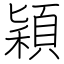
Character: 穎